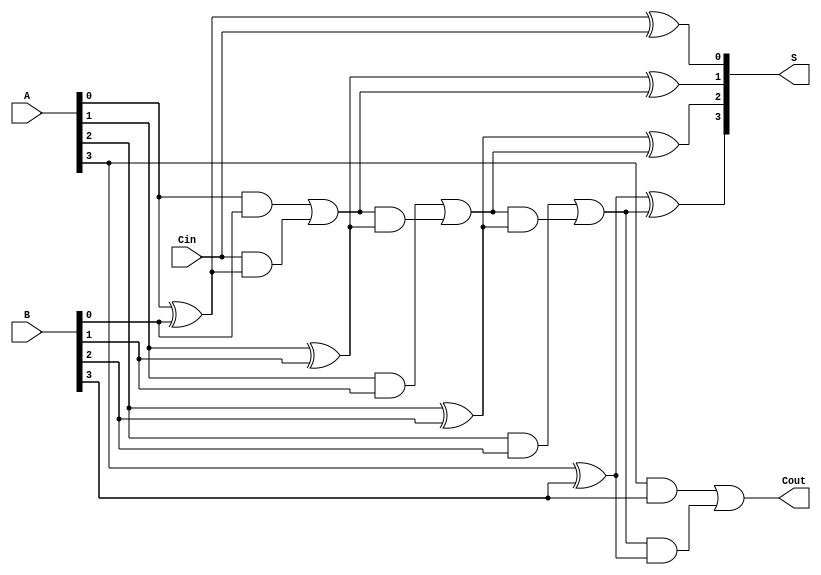
module ParallelFullAdder (
    input  [3:0] A,      // 4-bit input A
    input  [3:0] B,      // 4-bit input B
    input        Cin,     // Carry-in for the least significant bit
    output [3:0] S,      // 4-bit sum output
    output       Cout     // Carry-out from the most significant bit
);

    wire [3:0] C; // Carry wires for each bit

    // Full Adder for bit 0
    assign S[0] = A[0] ^ B[0] ^ Cin;
    assign C[0] = (A[0] & B[0]) | (Cin & (A[0] ^ B[0]));

    // Full Adder for bit 1
    assign S[1] = A[1] ^ B[1] ^ C[0];
    assign C[1] = (A[1] & B[1]) | (C[0] & (A[1] ^ B[1]));

    // Full Adder for bit 2
    assign S[2] = A[2] ^ B[2] ^ C[1];
    assign C[2] = (A[2] & B[2]) | (C[1] & (A[2] ^ B[2]));

    // Full Adder for bit 3
    assign S[3] = A[3] ^ B[3] ^ C[2];
    assign Cout = (A[3] & B[3]) | (C[2] & (A[3] ^ B[3]));

endmodule